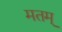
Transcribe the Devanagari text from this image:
मतम्